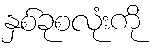
နှစ်ခုစလုံးကို